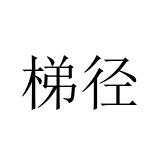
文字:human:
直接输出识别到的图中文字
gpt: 梯径